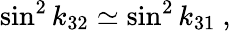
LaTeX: \sin^{2}k_{32}\simeq\sin^{2}k_{31}\ ,